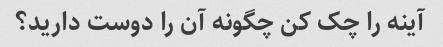
آینه را چک کن چگونه آن را دوست دارید؟